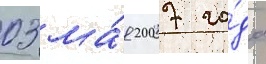
03 ма́я 2007 го́да